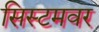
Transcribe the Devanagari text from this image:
सिस्टमवर